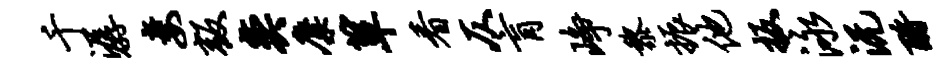
千潺妻叛奕麋箪看仄肓峥黎振他扳泳沅酹